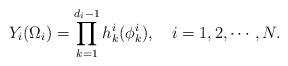
LaTeX: \begin{align*} Y_i(\Omega_i)=\prod_{k=1}^{d_i-1}h^i_k(\phi^i_k),~~~i=1,2,\cdots,N.\end{align*}